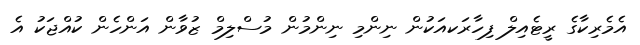
އެމެރިކާގެ ރީޓެއިލް ފިހާރަކއަކުން ނިންމި ނިންމުން މުސްލިމް ޒުވާން އަންހެން ކުއްޖަކު އެ